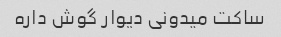
ساکت میدونی دیوار گوش داره